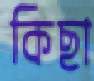
কিছা